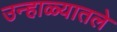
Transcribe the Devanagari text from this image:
उन्हाळ्यातले